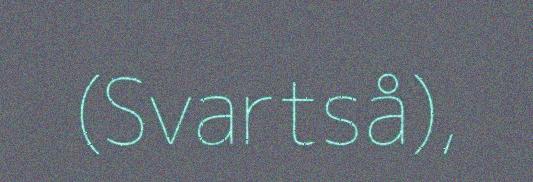
(Svartså),